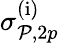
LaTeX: \sigma_{\mathcal{P},2p}^{(\mathrm{i})}